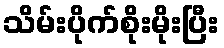
သိမ်းပိုက်စိုးမိုးပြီး